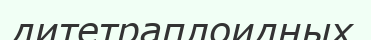
дитетраплоидных